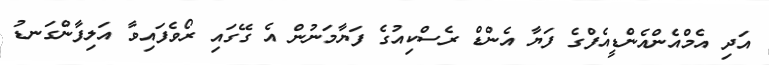
އަދި އެމްއެންއެންޑީއެފްގެ ފަޔާ އެންޑް ރެސްކިއުގެ ފަޔާމަނުން އެ ގޭގައި ރޯވެފައިވާ އަލިފާންގަނޑު